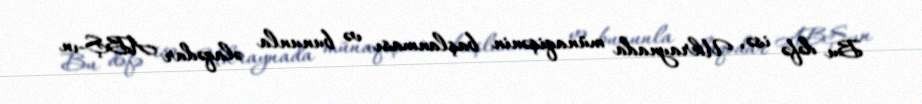
Bu dəfə isə, Ukraynada münaqişənin başlanması və bununla əlaqədar ABŞ-ın